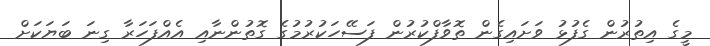
މީގެ އިތުރުން ގެފުޅު ވަށައިގެން ތޮވާފްކުރުން ފަސޭހަކުރުމުގެ ގޮތުންނާއި އެއްފަހަރާ ގިނަ ބަޔަކަށް